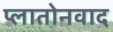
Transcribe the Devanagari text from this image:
प्लातोनवाद